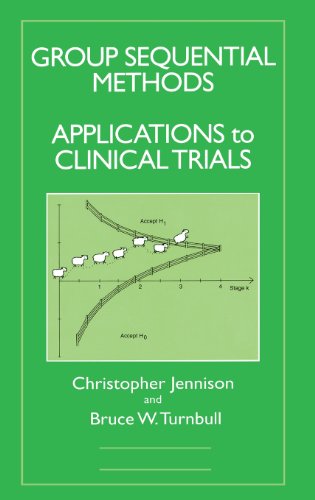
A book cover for Group Sequential Methods with Applications to Clinical Trials (Chapman & Hall/CRC Interdisciplinary Statistics); Christopher Jennison; Medical Books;